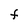
Character: F